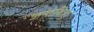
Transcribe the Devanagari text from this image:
जलेबिया